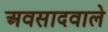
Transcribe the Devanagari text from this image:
अवसादवाले